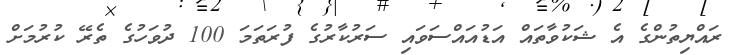
ރައްޔިތުންގެ އެ ޝަކުވާތައް އަޑުއައްސަވައި ސަރުކާރުގެ ފުރަތަމަ 100 ދުވަހުގެ ތެރޭ ކުރުމަށް